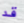
قد